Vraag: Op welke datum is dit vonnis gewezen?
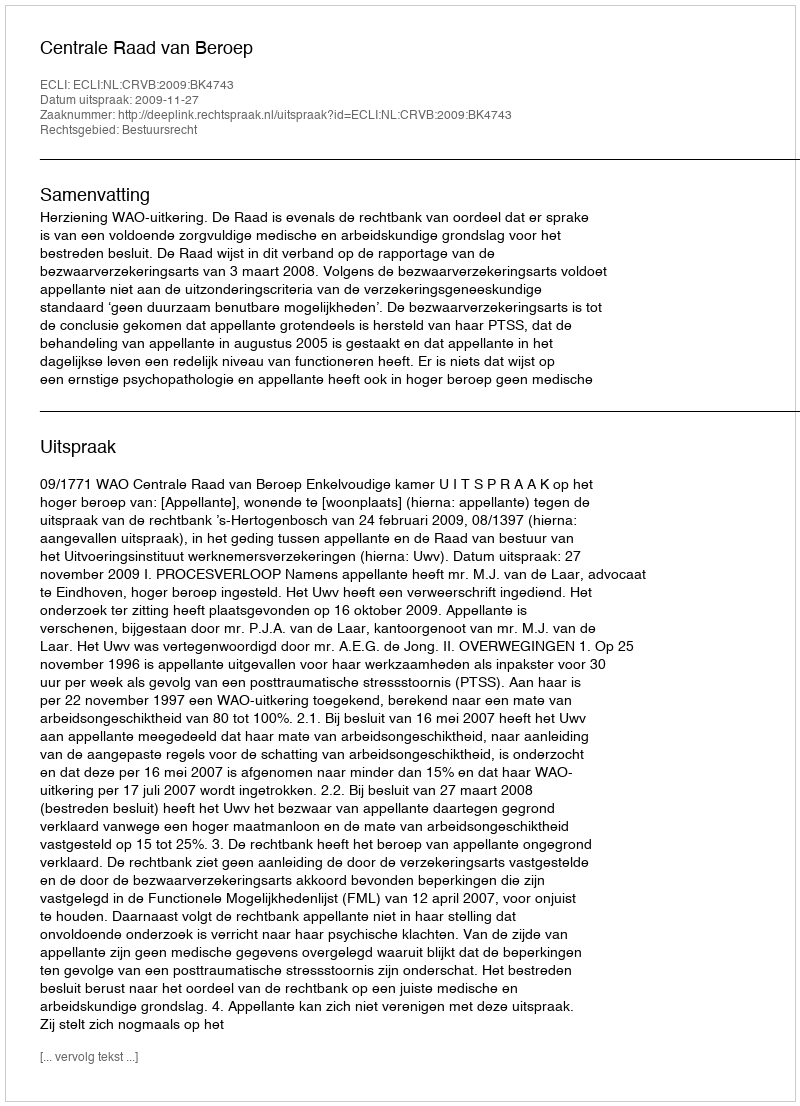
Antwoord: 2009-11-27